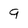
Character: 9